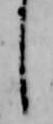
し